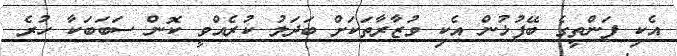
އެކި ފަންތީގެ ބޭފުޅުން އެކި ވުޒާރާތަކަށް ބަދަލު ކުރެއްވީ ކޮން ސަބަބަކާ ހުރެ